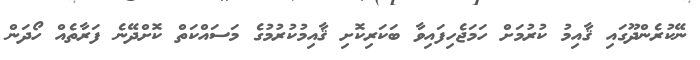
ނޭކުރެންދޫގައި ޤާއިމު ކުރުމަށް ހަމަޖެހިފައިވާ ބަކަރިކޮށި ޤާއިމުކުރުމުގެ މަސައްކަތް ކޮށްދޭނެ ފަރާތެއް ހޯދަން